Annual report of the Civil Veterinary Department, Bengal, for the year 1897-98 - 1897-1898
Year: 1897
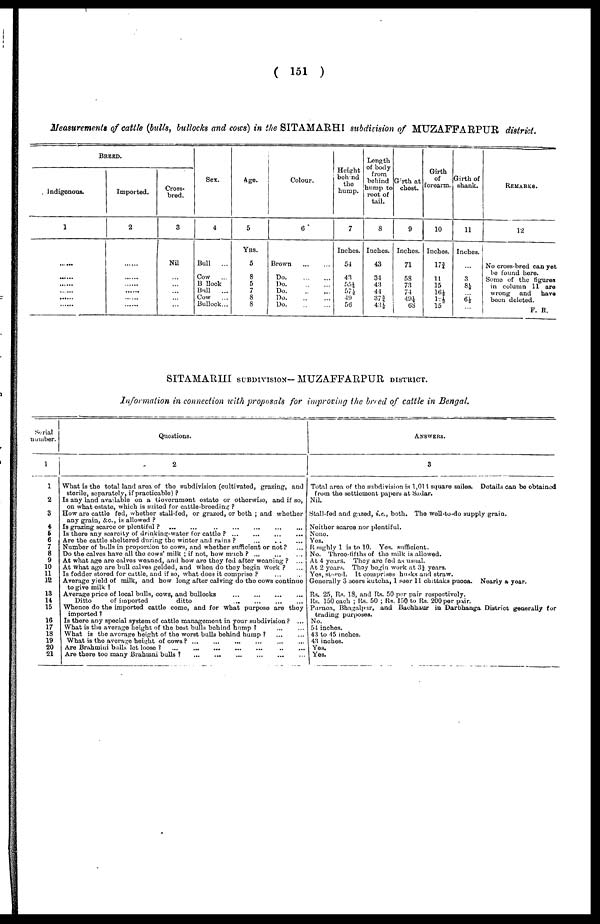
( 151 )
Measurements of cattle (bulls, bullocks and cows) in the SITAMARHI subdivision of MUZAFFARPUR district.
BREED.
Indigenous.
1
......
.....
......
.....
.....
......
Imported.
2
......
......
......
......
......
......
Cross-
bred.
3
Nil
...
...
...
...
...
Sex.
4
Bull
...
Cow ...
Bullock
Bull
...
Cow ...
Bullock...
Age.
5
Yrs.
5
8
5
7
8
8
Colour,
6
Brown ... ... ...
Do. ... ... ...
Do. ... ... ...
Do. ... ... ...
Do. ... ... ...
Do. ... ... ...
Height
behind
the
hump.
7
Inches.
54
43
55½
57½
49
56
Length
of body
from
behind
hump to
root of
tail.
8
Inches.
43
34
43
44
37¾
43½
Girth at
chest.
9
Inches.
71
58
73
74
49¼
68
Girth
of
forearm.
10
Inches.
17¾
11
15
16½
12½
15
Girth of
shank.
11
Inches.
...
3
8½
... 6½
...
REMARKS.
12
No cross-bred can yet
be found here.
Some of the figures
in column 11 are
wrong and
have
been deleted.
F. R.
SITAMARHI SUBDIVISION- MUZAFFARPUR DISTRICT.
Information in connection with proposals for improving the brred of cattle in Bengal.
Serial
number.
1
1
2
3
4
5
6
7
8
9
10
11
12
18
14
15
16
17
18
19
20
21
Questions.
2
What is the total land area of the subdivision (cultivated, grazing, and
sterile, separately, if practicable) ?
Is any land available on a Government estate or otherwise, and if so,
on what estate, which is suited for cattle-breeding ?
How are cattle fed, whether stall-fed, or grazed, or both ; and whether
any grain, &c., is allowed ?
Is grazing scarce or plentiful ? ... ... ... ... ... ...
Is there any scarcity of drinking-water for cattle ? ... ... ... ...
Are the cattle sheltered during the winter and rains ? ... ... ...
Number of bulls in proportion to cows, and whether sufficient or not?
Do the calves have all the cows' milk ; if not, how much ? ... ... ...
At what age are calves weaned, and how are they fed after weaning ? ...
At what age are bull calves gelded, and when do they begin Work ? ...
Is fodder stored for cattle, and if so, what does it comprise ? ... ...
Average yield of milk, and how long after calving do the cows continue
to give milk ?
Average price of local bulls, cows, and bullocks
Ditto
of imported
ditto
Whence do the imported cattle come, and for what purpose are they
imported 1
Is there any special system of cattle management in your subdivision ? ...
What is the average height of the best bulls behind hump ? ... ...
What is the average height of the worst bulls behind hump ? ... ...
What is the average height of cows? ...
...
... ... ...
Are Brahmini bulls let loose ? ... ...
...
...
...
...
....
...
Are there too many Brahmni bulls ?
...
...
...
...
...
...
...
...
ANSWERS.
3
Total area of the subdivision is 1,014 square miles. Details can be obtained
from the settlement papers at Sadar.
Nil.
Stall-fed and gazed, i.e., both. The well-to-do supply grain.
Neither scarce nor plentiful.
None.
Yes.
Roughly 1 is to 10. Yes. sufficient.
No. Three-fifths of the milk is allowed.
At 4 years. They are fed as usual.
At 2 years. They begin work at 3½ years.
Yes, stored. It comprises husks and straw.
Generally 3 seers kutcha, 1 seer 11 chittaks pucca. Nearly a year.
Rs. 25, Rs. 18, and Rs. 50 per pair respectively.
Rs. 150 each ; Rs. 50 ; Rs. 150 to Rs. 200 per pair.
Purnea, Bhagalpur, and Bachhaur in Darbhanga District generally for
trading purposes.
No.
54 inches.
43 to 45 inches.
43 inches.
Yes.
Yes.